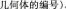
几何体的编号).